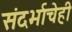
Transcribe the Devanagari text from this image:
संदर्भाचेही